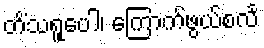
တိံသရူပေါ၊ ကြောက်ဖွယ်စင်္လ